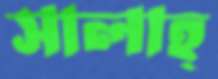
সালাহ্